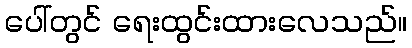
ပေါ်တွင် ရေးထွင်းထားလေသည်။